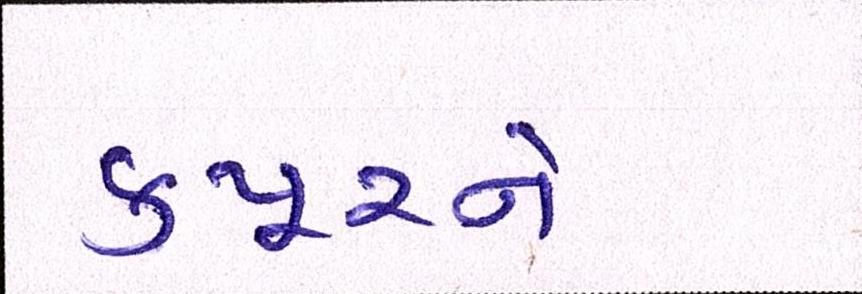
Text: કપૂરને